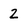
Character: 2